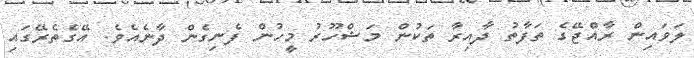
ލަވައިން ރާއްޖޭގެ ތަފާތު ދާއިރާ ތަކުން މަޝްހޫރު މީހުން ފެނިގެން ދާނެއެވެ. އޭގެތެރޭގައި